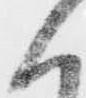
く